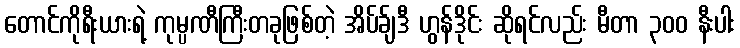
တောင်ကိုရီးယားရဲ့ ကုမ္ပဏီကြီးတခုဖြစ်တဲ့ အိပ်ခ်ျဒီ ဟွန်ဒိုင်း ဆိုရင်လည်း မီတာ ၃၀၀ နီးပါး